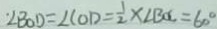
\angle B O D = \angle C O D = \frac { 1 } { 2 } \times \angle B O C = 6 0 ^ { \circ }